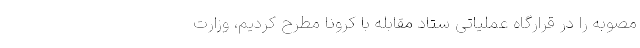
مصوبه را در قرارگاه عملیاتی ستاد مقابله با کرونا مطرح کردیم، وزارت